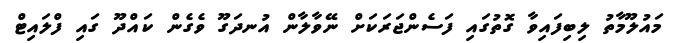
މައުލޫމާތު ލިބިފައިވާ ގޮތުގައި ފަސެންޖަރަކަށް ނޭވާލާން އުނދަގޫ ވެގެން ކައްދޫ ގައި ފްލައިޓް